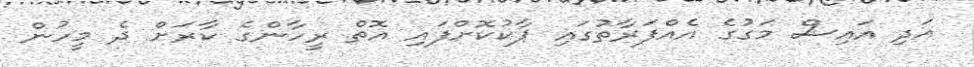
އަދި އައިސް މަގުގެ އެއްފަރާތުގައި ޕާކުކޮށްފައި އޮތް ރީހާންގެ ކާރަށް ދެ މީހުން